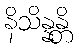
နိသိန္နန္တိ